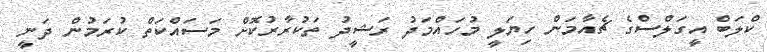
ކްލަބް އީގަލްސްގެ ޗެއާމަން ހިޔަލީ މުހައްމަދު ރަޝީދު ތަކުރާރުކޮށް މަސައްކަތް ކުރަމުން ދަނީ